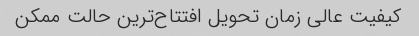
کیفیت عالی زمان تحویل افتتاح‌ترین حالت ممکن